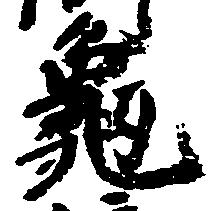
亀